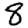
Digit: 8